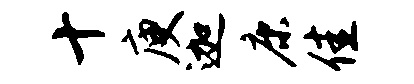
十庾迦康佳